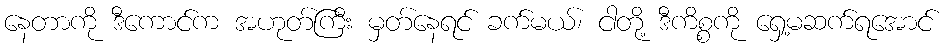
နေတာကို ဒီကောင်က အဟုတ်ကြီး မှတ်နေရင် ခက်မယ်၊ ငါတို့ ဒီကိစ္စကို ရှေ့မဆက်ရအောင်